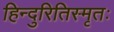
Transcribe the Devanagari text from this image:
हिन्दुरितिस्मृतः